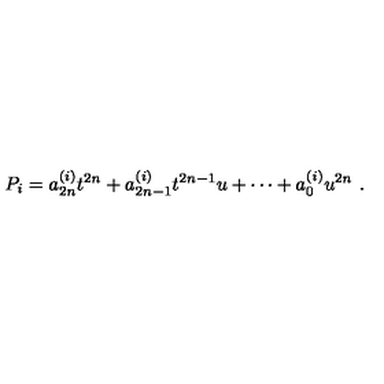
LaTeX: P _ { i } = a _ { 2 n } ^ { ( i ) } t ^ { 2 n } + a _ { 2 n - 1 } ^ { ( i ) } t ^ { 2 n - 1 } u + \cdots + a _ { 0 } ^ { ( i ) } u ^ { 2 n } \ .